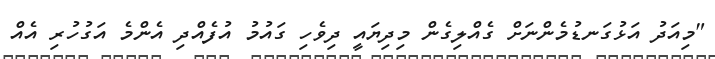
"މިއަދު އަޅުގަނޑުމެންނަށް ގެއްލިގެން މިދިޔައީ ދިވެހި ގައުމު އުފެއްދި އެންމެ އަގުހުރި އެއް